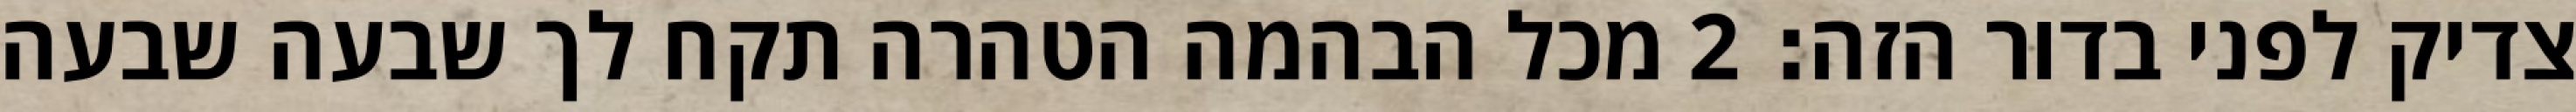
צדיק לפני בדור הזה׃ ‎2‏ מכל הבהמה הטהרה תקח לך שבעה שבעה